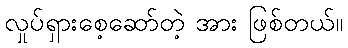
လှုပ်ရှားစေ့ဆော်တဲ့ အား ဖြစ်တယ်။